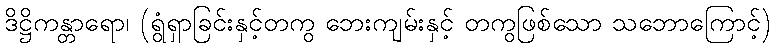
ဒိဋ္ဌိကန္တာရော၊ (ရွံရှာခြင်းနှင့်တကွ ဘေးကျမ်းနှင့် တကွဖြစ်သော သဘောကြောင့်)